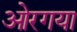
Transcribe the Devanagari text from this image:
ओरगया